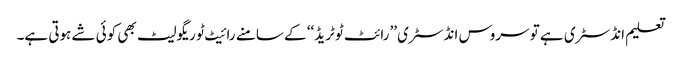
تعلیم انڈسٹری ہے تو سروس انڈسٹری ’’رائٹ ٹو ٹریڈ‘‘ کے سامنے رائیٹ ٹو ریگولیٹ بھی کوئی شے ہوتی ہے۔